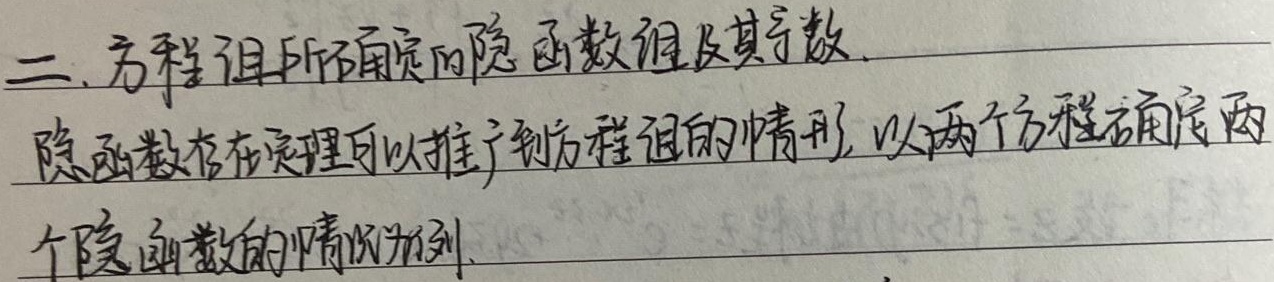
二、方程组所确定的隐函数组及其导数隐函数存在定理可以推广到方程组的情形, 以两个方程确定两个隐函数的情况为例。